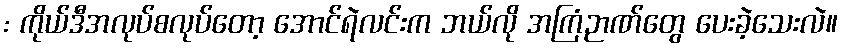
: ကိုယ်ဒီအလုပ်စလုပ်တော့ အောင်ရဲလင်းက ဘယ်လို အကြံဉာဏ်တွေ ပေးခဲ့သေးလဲ။